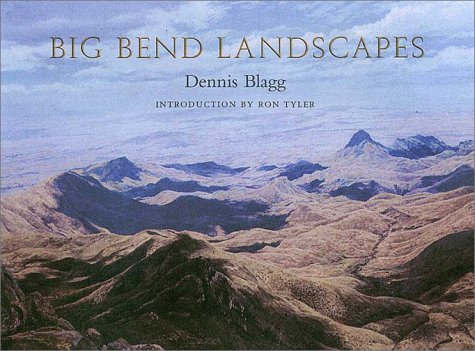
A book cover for Big Bend Landscapes (Joe and Betty Moore Texas Art Series); Dennis Blagg; Arts & Photography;